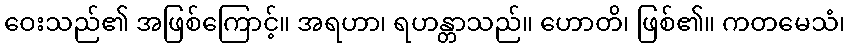
ဝေးသည်၏ အဖြစ်ကြောင့်။ အရဟာ၊ ရဟန္တာသည်။ ဟောတိ၊ ဖြစ်၏။ ကတမေသံ၊